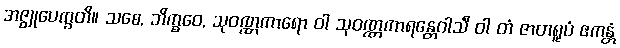
အဇ္ဈုပေက္ခတိ။ သစေ, ဘိက္ခဝေ, သုဝဏ္ဏကာရော ဝါ သုဝဏ္ဏကာရန္တေဝါသီ ဝါ တံ ဇာတရူပံ ဧကန္တံ